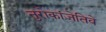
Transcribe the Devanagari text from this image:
नुरोकांजेतिवे